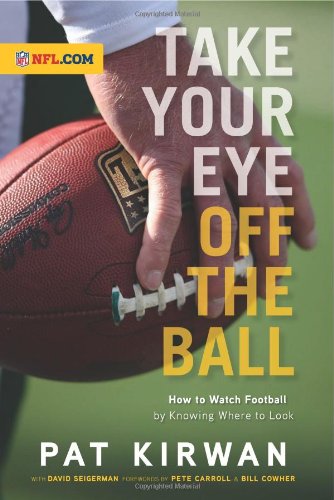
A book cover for Take Your Eye Off the Ball: How to Watch Football by Knowing Where to Look; Pat Kirwan; Sports & Outdoors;